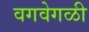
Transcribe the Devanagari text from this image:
वगवेगळी